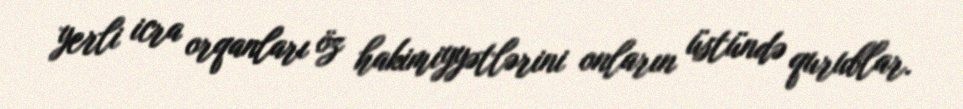
yerli icra orqanları öz hakimiyyətlərini onların üstündə qurublar.